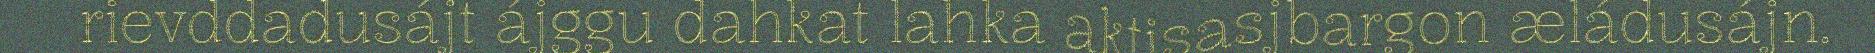
rievddadusájt ájggu dahkat lahka aktisasjbargon æládusájn.